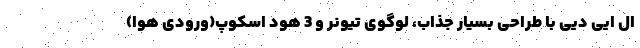
ال ایی دیی با طراحی بسیار جذاب، لوگوی تیونر و 3 هود اسکوپ(ورودی هوا)